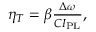
\begin{array} { r } { \eta _ { T } = \beta \frac { \Delta \omega } { { \cal C } I _ { \mathrm { P L } } } , } \end{array}